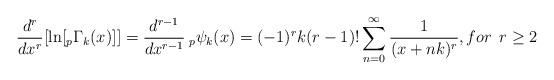
LaTeX: \begin{align*} \frac{d^{r}}{dx^{r}}[\ln [_{p}\Gamma _{k}(x)]]=\frac{d^{r-1}}{dx^{r-1}}\:_{p}\psi_{k}(x)=(-1)^{r}k(r-1)!\sum_{n=0}^{\infty}\frac{1}{(x+nk)^{r}}, for \: \:r\geq 2 \end{align*}